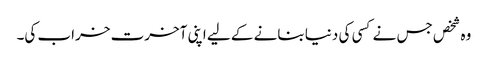
وہ شخص جس نے کسی کی دنیا بنانے کے لیے اپنی آخرت خراب کی۔